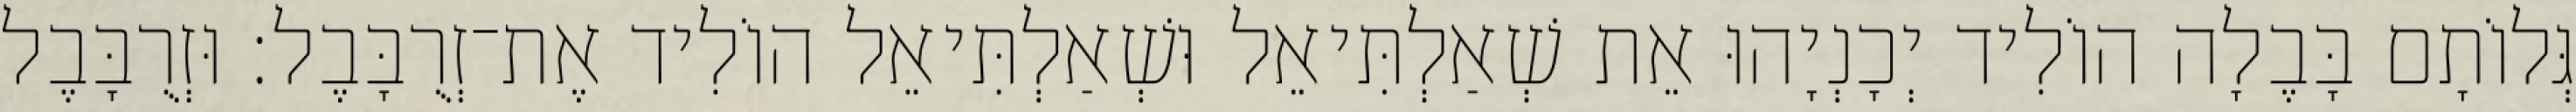
גְּלוֹתָם בָּבֶלָה הוֹלִיד יְכָנְיָהוּ אֵת שְׁאַלְתִּיאֵל וּשְׁאַלְתִּיאֵל הוֹלִיד אֶת־זְרֻבָּבֶל׃ וּזְרֻבָּבֶל